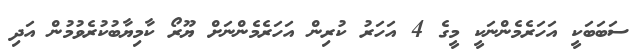
ސަބަބަކީ އަހަރެމެންނަކީ މީގެ 4 އަހަރު ކުރިން އަހަރެމެންނަށް ޔޫރޯ ކާމިޔާބުކުރެވުމުން އަދި